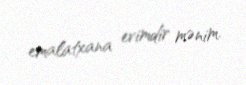
emalatxana evimdir mənim.